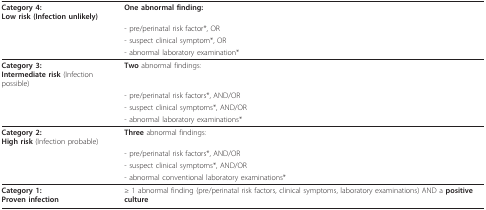
<table><thead><tr><td><b>Category 4:Low risk(Infection unlikely)</b></td><td><b>One abnormal finding:</b></td></tr><tr><td></td><td><b>- pre/perinatal risk factor*, OR</b></td></tr><tr><td></td><td><b>- suspect clinical symptom*, OR</b></td></tr><tr><td></td><td><b>- abnormal laboratory examination*</b></td></tr></thead><tbody><tr><td><b>Category 3:</b><b>Intermediate risk</b>(Infection possible)</td><td><b>Two </b>abnormal findings:</td></tr><tr><td></td><td>- pre/perinatal risk factors*, AND/OR</td></tr><tr><td></td><td>- suspect clinical symptoms*, AND/OR</td></tr><tr><td></td><td>- abnormal laboratory examinations*</td></tr><tr><td><b>Category 2:</b><b>High risk</b>(Infection probable)</td><td><b>Three </b>abnormal findings:</td></tr><tr><td></td><td>- pre/perinatal risk factors*, AND/OR</td></tr><tr><td></td><td>- suspect clinical symptoms*, AND/OR</td></tr><tr><td></td><td>- abnormal conventional laboratory examinations*</td></tr><tr><td><b>Category 1:</b><b>Proven infection</b></td><td>≥ 1 abnormal finding (pre/perinatal risk factors, clinical symptoms, laboratory examinations) AND a <b>positive culture</b></td></tr></tbody></table>